system: You are a helpful assistant.
user:
Analyze the provided spectrum to determine if it is a **S-type Star**.

- **Key Indicators for S-type Star:**

    - **(Overall Spectrum Shape):** The first and most obvious characteristic is the overall continuum (the "baseline" shape). It is **extremely "red-sloping,"** meaning the flux (light intensity) is very low on the left side (blue, ~4000-4500 Å) and rises steeply and continuously toward the right side (red, ~7000 Å+).

    - **(Primary):** The spectrum is defined by the presence of strong, broad molecular absorption "valleys" (bands) from **Zirconium Oxide (ZrO)**. The identification of these bands is the **primary requirement** for classifying a star as S-type.
        - **(Key Bandheads):** You must find distinct, deep "dips" where the light has been absorbed. The most critical band systems to locate are:
            - **~6474 Å** ($\gamma$-system): This is often the strongest and clearest ZrO feature, found in the red part of the spectrum.
            - **~5718 Å** & **~5551 Å** ($\beta$-system): A pair of prominent absorption features in the yellow-orange part of the spectrum.
            - **~4640 Å** ($\alpha$-system): A key absorption band system in the blue-green region of the spectrum.

    - **(Secondary Confirmation):** The classification is strengthened by finding additional absorption bands from other related heavy element oxides, which are expected to be present alongside ZrO.
        - **(Key Bandheads):**
            - **Yttrium Oxide (YO):** Look for absorption dips near **~4800 Å** and **~6100 Å**.
            - **Lanthanum Oxide (LaO):** Additional absorption features, particularly in the red-orange part of the spectrum, are also characteristic.

    - **(Line Profile):** The combination of the steep red continuum and these numerous, deep molecular bands (ZrO, YO, etc.) gives the entire spectrum a very **"chopped-up"** or **"bumpy"** appearance. Instead of a smooth curve, the spectrum looks as though large, wide chunks of light have been "carved out" of it at the specific wavelengths listed above.

Think first, call **spectral_visualization_tool** if needed to examine features in detail, then provide your final answer. Your response must adhere to the following strict rules:
1.  **Overall Structure:** Your response must follow the format `<think>...</think> <tool_call>...</tool_call> (if a tool is used) <answer>...</answer>`.
2.  **Tool Usage Constraint:** You may only make **one** tool call per turn.
3.  **Final Answer Format:** In the `<answer>` tag, your conclusion must be inside a `\boxed{}` command (e.g., `\boxed{YES}` or `\boxed{NO}`), followed by your justification.

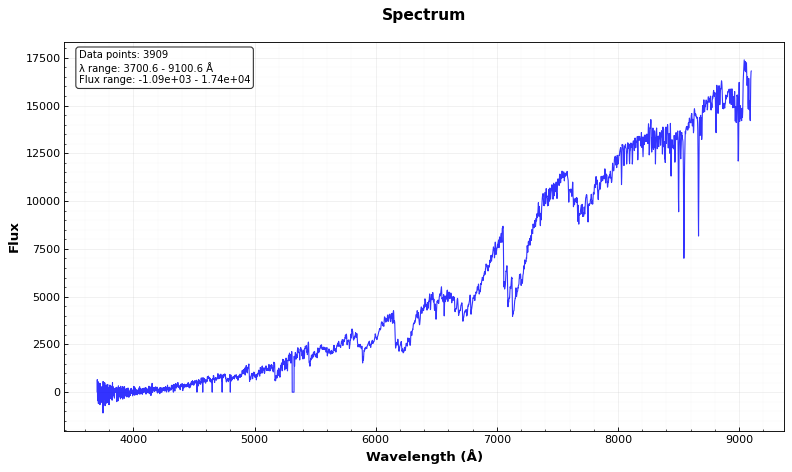
Answer: YES